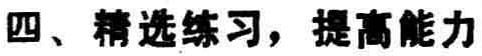
四、精选练习，提高能力